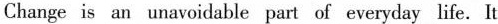
Change is an unavoidable part of everyday life. It